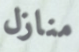
منازل